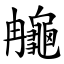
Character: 䶲